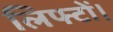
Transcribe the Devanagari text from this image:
लिफ्टों।